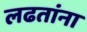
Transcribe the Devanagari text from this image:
लढतांना